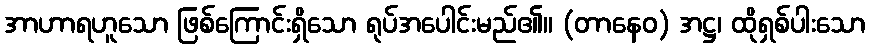
အာဟာရဟူသော ဖြစ်ကြောင်းရှိသော ရုပ်အပေါင်းမည်၏။ (တာနေဝ) အဋ္ဌ၊ ထိုရှစ်ပါးသော